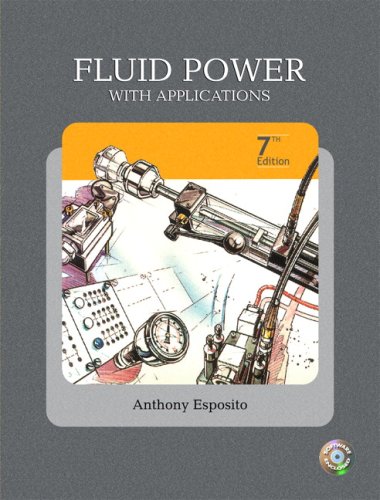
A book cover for Fluid Power with Applications (7th Edition); Anthony Esposito; Science & Math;